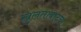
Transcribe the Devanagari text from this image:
खुलताबादचा